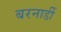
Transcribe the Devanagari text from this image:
बरनार्डी